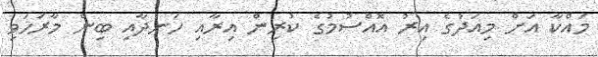
މައްކާ އަށް މިއަދުގެ އިރު އޮއްސުމުގެ ކުރިން އިރާއި ހަނދާއި ބިން މާރަހަވި